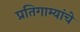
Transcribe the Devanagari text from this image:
प्रतिगाम्यांचे